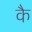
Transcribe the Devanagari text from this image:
कै